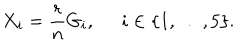
LaTeX: X _ { i } = \frac { r } { n } G _ { i } , \; \; i \in \{ 1 , \ldots , 5 \} .